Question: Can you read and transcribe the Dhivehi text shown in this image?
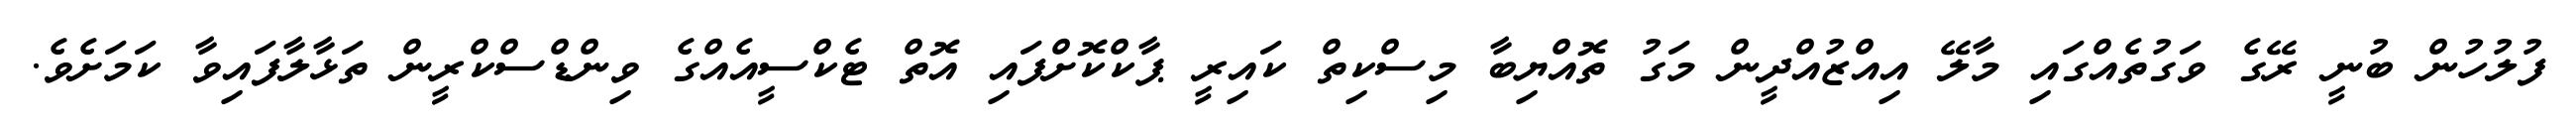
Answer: ފުލުހުން ބުނީ ރޭގެ ވަގުތެއްގައި މާލޭ އިއްޒުއްދީން މަގު ތޮއްޔިބާ މިސްކިތް ކައިރީ ޕާކްކޮށްފައި އޮތް ޓެކްސީއެއްގެ ވިންޑްސްކްރީން ތަޅާލާފައިވާ ކަމަށެވެ.